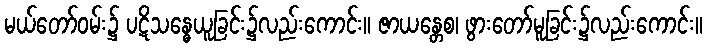
မယ်တော်ဝမ်း၌ ပဋိသန္ဓေယူခြင်း၌လည်းကောင်း။ ဇာယန္တေစ၊ ဖွားတော်မူခြင်း၌လည်းကောင်း။